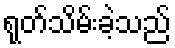
ရုတ်သိမ်းခဲ့သည်